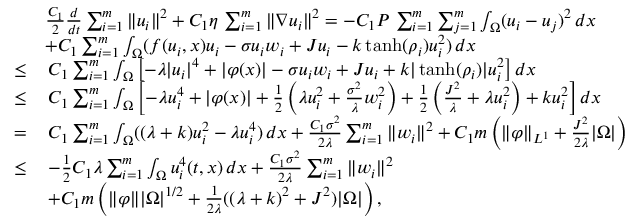
\begin{array} { r l } & { \frac { C _ { 1 } } { 2 } \frac { d } { d t } \sum _ { i = 1 } ^ { m } \| u _ { i } \| ^ { 2 } + C _ { 1 } \eta \, \sum _ { i = 1 } ^ { m } \| \nabla u _ { i } \| ^ { 2 } = - C _ { 1 } P \, \sum _ { i = 1 } ^ { m } \sum _ { j = 1 } ^ { m } \int _ { \Omega } ( u _ { i } - u _ { j } ) ^ { 2 } \, d x } \\ & { + C _ { 1 } \sum _ { i = 1 } ^ { m } \int _ { \Omega } ( f ( u _ { i } , x ) u _ { i } - \sigma u _ { i } w _ { i } + J u _ { i } - k \operatorname { t a n h } ( \rho _ { i } ) u _ { i } ^ { 2 } ) \, d x } \\ { \leq } & { \, C _ { 1 } \sum _ { i = 1 } ^ { m } \int _ { \Omega } \left[ - \lambda | u _ { i } | ^ { 4 } + | \varphi ( x ) | - \sigma u _ { i } w _ { i } + J u _ { i } + k | \operatorname { t a n h } ( \rho _ { i } ) | u _ { i } ^ { 2 } \right] d x } \\ { \leq } & { \, C _ { 1 } \sum _ { i = 1 } ^ { m } \int _ { \Omega } \left[ - \lambda u _ { i } ^ { 4 } + | \varphi ( x ) | + \frac { 1 } { 2 } \left( \lambda u _ { i } ^ { 2 } + \frac { \sigma ^ { 2 } } { \lambda } w _ { i } ^ { 2 } \right) + \frac { 1 } { 2 } \left( \frac { J ^ { 2 } } { \lambda } + \lambda u _ { i } ^ { 2 } \right) + k u _ { i } ^ { 2 } \right] d x } \\ { = } & { \, C _ { 1 } \sum _ { i = 1 } ^ { m } \int _ { \Omega } ( ( \lambda + k ) u _ { i } ^ { 2 } - \lambda u _ { i } ^ { 4 } ) \, d x + \frac { C _ { 1 } \sigma ^ { 2 } } { 2 \lambda } \sum _ { i = 1 } ^ { m } \| w _ { i } \| ^ { 2 } + C _ { 1 } m \left( \| \varphi \| _ { L ^ { 1 } } + \frac { J ^ { 2 } } { 2 \lambda } | \Omega | \right) } \\ { \leq } & { \, - \frac { 1 } { 2 } C _ { 1 } \lambda \sum _ { i = 1 } ^ { m } \int _ { \Omega } u _ { i } ^ { 4 } ( t , x ) \, d x + \frac { C _ { 1 } \sigma ^ { 2 } } { 2 \lambda } \sum _ { i = 1 } ^ { m } \| w _ { i } \| ^ { 2 } } \\ & { \, + C _ { 1 } m \left( \| \varphi \| | \Omega | ^ { 1 / 2 } + \frac { 1 } { 2 \lambda } ( ( \lambda + k ) ^ { 2 } + J ^ { 2 } ) | \Omega | \right) , } \end{array}